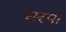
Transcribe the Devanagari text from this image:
धरपा